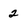
Character: 2